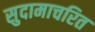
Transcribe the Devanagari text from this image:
सुदामाचरित